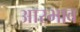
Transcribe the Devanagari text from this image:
आरभाव